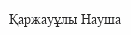
Қаржауұлы Науша